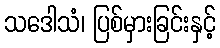
သဒေါသံ၊ ပြစ်မှားခြင်းနှင့်